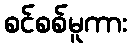
စင်စစ်မူကား